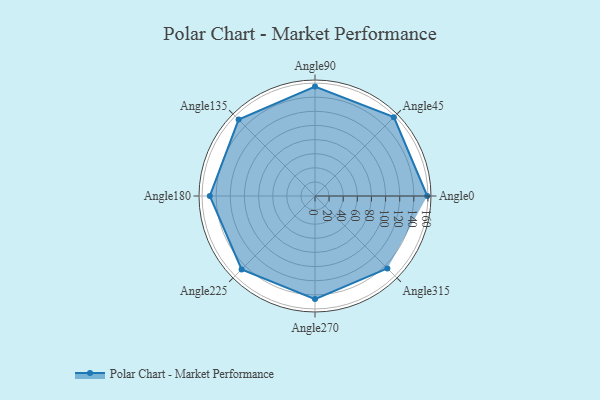
{"axis": {"x": "Angle", "y": "Radius"}, "legend": [""], "data": [{"x": "Angle0", "y": 159.0, "type": ""}, {"x": "Angle45", "y": 158.0, "type": ""}, {"x": "Angle90", "y": 155.0, "type": ""}, {"x": "Angle135", "y": 153.0, "type": ""}, {"x": "Angle180", "y": 149.0, "type": ""}, {"x": "Angle225", "y": 147.0, "type": ""}, {"x": "Angle270", "y": 146.0, "type": ""}, {"x": "Angle315", "y": 145.0, "type": ""}]}